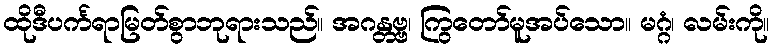
ထိုဒီပင်္ကရာမြတ်စွာဘုရားသည်။ အဂန္တဗ္ဗ၊ ကြွတော်မူအပ်သော။ မဂ္ဂံ၊ လမ်းကို။